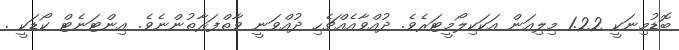
ބޮޑުމިނަކީ 1.22 މިލިއަން އަކަކިލޯމީޓަރެވެ. ދުއްވާއެއްޗެހި ދުއްވަނީ ވާތްފަރާތުންނެވެ. އިންޓަނެޓް ކޯޑަކީ .